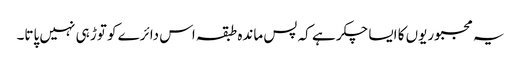
یہ مجبوریوں کا ایسا چکر ہے کہ پس ماندہ طبقہ اس دائرے کو توڑ ہی نہیں پاتا۔